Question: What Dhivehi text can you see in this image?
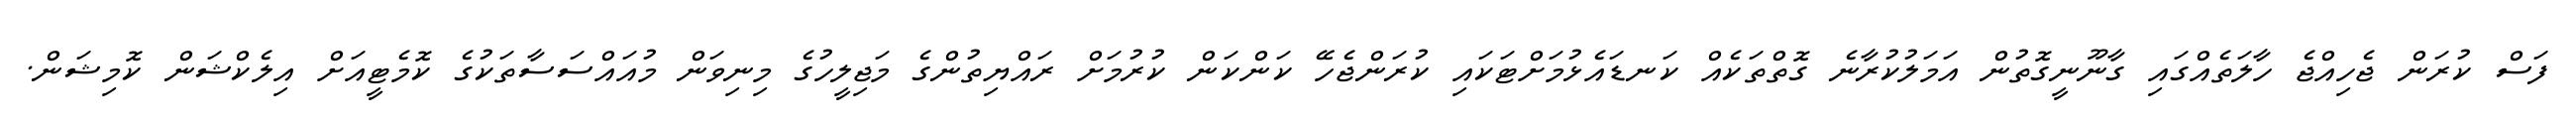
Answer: ފަސް ކުރަން ޖެހިއްޖެ ހާލަތެއްގައި ގާނޫނީގޮތުން އަމަލުކުރާނެ ގޮތްތަކެއް ކަނޑައެޅުމަށްޓަކައި ކުރަންޖެހޭ ކަންކަން ކުރުމަށް ރައްޔިތުންގެ މަޖިލީހުގެ މިނިވަން މުއައްސަސާތަކުގެ ކޮމެޓީއަށް އިލެކްޝަން ކޮމިޝަން.